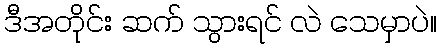
ဒီအတိုင်း ဆက် သွားရင် လဲ သေမှာပဲ။